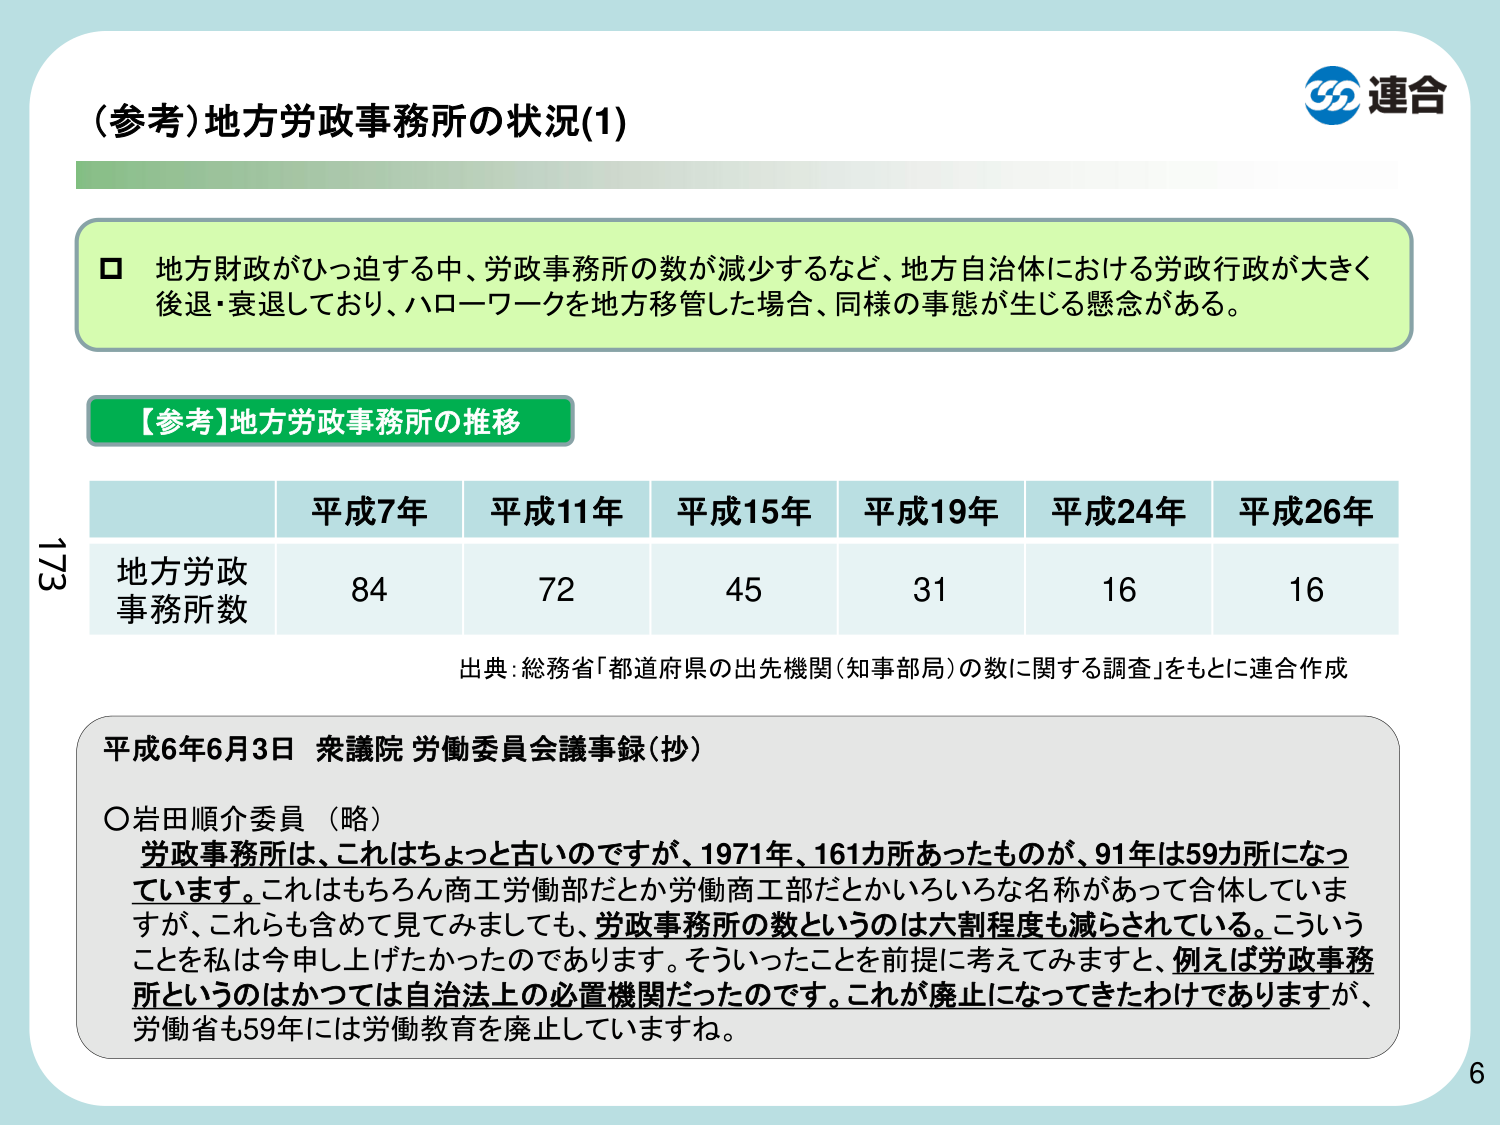
（参考）地方労政事務所の状況(1)

□ 地方財政がひっ迫する中、労政事務所の数が減少するなど、地方自治体における労政行政が大きく後退・衰退しており、ハローワークを地方移管した場合、同様の事態が生じる懸念がある。

【参考】地方労政事務所の推移

平成7年 平成11年 平成15年 平成19年 平成24年 平成26年
地方労政事務所数 84 72 45 31 16 16

出典：総務省「都道府県の出先機関（知事部局）の数に関する調査」をもとに連合作成

平成6年6月3日 衆議院 労働委員会議事録（抄）

○岩田順介委員（略）
労政事務所は、これはちょっと古いのですが、1971年、161カ所あったものが、91年は59カ所になっています。これはもちろん商工労働部だとか労働商工部だとかいろいろな名称があって合体していますが、これらも含めて見てみましても、労政事務所の数というのは六割程度も減らされている。こういうことを私は今申し上げたかったのであります。そういったことを前提に考えてみますと、例えば労政事務所というのはかつては自治法上の必置機関だったのです。これが廃止になってきたわけでありますが、労働省も59年には労働教育を廃止していますね。

連合

173
6